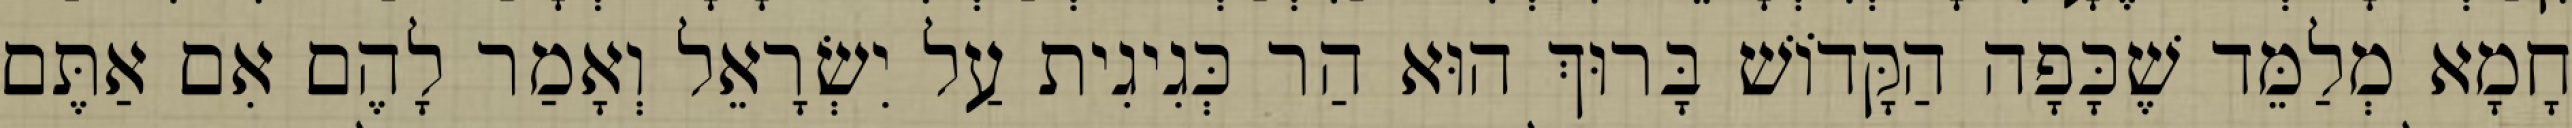
חָמָא מְלַמֵּד שֶׁכָּפָה הַקָּדוֹשׁ בָּרוּךְ הוּא הַר כְּגִיגִית עַל יִשְׂרָאֵל וְאָמַר לָהֶם אִם אַתֶּם